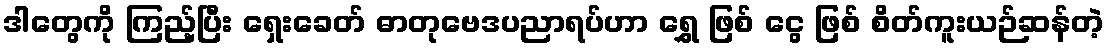
ဒါတွေကို ကြည့်ပြီး ရှေးခေတ် ဓာတုဗေဒပညာရပ်ဟာ ရွှေ ဖြစ် ငွေ ဖြစ် စိတ်ကူးယဉ်ဆန်တဲ့